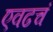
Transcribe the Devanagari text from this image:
एवढचं